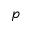
p